Medical and sanitary report of the native army of Bengal for the year
Year: 1874
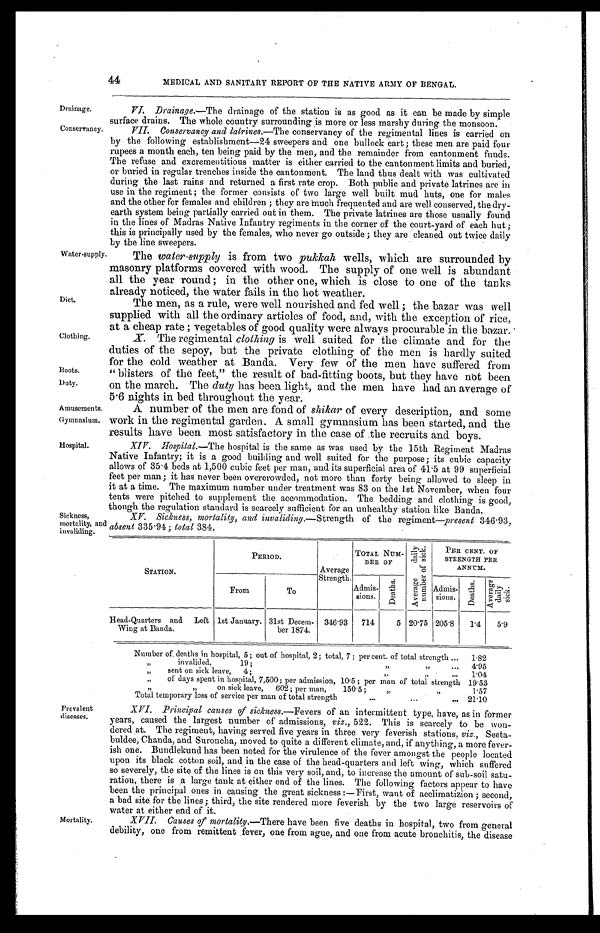
Drainage.
Conservancy.
Boots.
Duty.
Amusements.
Gymnasium.
44
MEDICAL AND SANITARY REPORT OF THE NATIVE ARMY OF BENGAL.
Drainage.— The drainage of the station is as good as it can be made by simple
surface drains. The whole country surrounding is more or less marshy during the monsoon.
VII. Conservancy and latrines.— The conservancy of the regimental lines is carried on
by the following establishment—24 sweepers and one bullock cart; these men are paid four
rupees a month each, ten being paid by the men, and the remainder from cantonment funds.
The refuse and excrementitious matter is either carried to the cantonment limits and buried,
or buried in regular trenches inside the cantonment. The land thus dealt with was cultivated
during the last rains and returned a first rate crop. Both public and private latrines are in
use in the regiment ; the former consists of two large well built mud huts, one for males
and the other for females and children ; they are lunch frequented and are well conserved, the dry
-earth system being partially carried out in them. The private latrines are those usually found
in the lines of Madras Native Infantry regiments in the corner of the court-yard of each hut;
this is principally used by the females, who never go outside ; they are cleaned out twice daily
by the line sweepers.
Water-supply
Diet.
Clothing.
The water-supply is from two pukkah wells, which are surrounded by
masonry platforms covered with wood. The supply of one well is abundant
all the year round ; in the other one, which is close to one of the tanks
already noticed, the water fails in the hot weather.
The men, as a rule, were well nourished and fed well ; the bazar was well
supplied with all the ordinary articles of food, and, with the exception of rice,
at a cheap rate ; vegetables of good quality were always procurable in the bazar.
X. The regimental clothing is well suited for the climate and for the
duties of the sepoy, but the private clothing of the men is hardly suited
for the cold weather at Banda. Very few of the men have suffered from
"blisters of the feet," the result of bad-fitting boots, but they have not been
on the march. The duty has been light, and the men have had an average of
5.6 nights in bed throughout the year.
A number of the men are fond of shikar of every description, and some
work in the regimental garden. A small gymnasium has been started, and the
results have been most satisfactory in the case of the recruits and boys.
Hospital.
Sickness,
mortality, and
invaliding.
XIV.
Hospital.— The hospital is the same as was used by the 15th Regiment Madras
Native Infantry; it is a good building and well suited for the purpose; its cubic capacity
allows of 35.4 beds at 1,500 cubic feet per man, and its superficial area of 41.5 at 99 superficial
feet per man; it has never been overcrowded, not more than forty being allowed to sleep in
it at a time. The maximum number under treatment was 83 on the 1st November, when four
tents were pitched to supplement the accommodation. The bedding and clothing is good,
though the regulation standard is scarcely sufficient for an unhealthy station like
B a n d a .
XV. Sickness, mortality, and invaliding.— Strength of the regiment—present 346.93,
absent 335.94; total 384.
STATION.
PERIOD.
Average
Strength.
TOTAL NUM-
BER OF
A v e r a g e d a i l y n u m b e r o f s i c k .
PER CENT. OF
STRENGTH PER
ANNUM.
From
To
Admis-
s i o n s .
D e a t h s .
D e a t h s .
Admis
-
sions.
D e a t h s .
A v e r a g e d a i l y s i c k .
Head-Quartersand Left
Wing at Banda.
1st January. 31st Decem-ber 1874. 346.93
714
5 20.75 205.8
1.4
5.9
Prevalent
diseases.
Mortality.
Number of. deaths in hospital, 5; out of hospital, 2 ; total, 7 ; per cent. of total strength . . .
1.82
" i n v a l i d e d 1 9 ; . . . 4.95
" s e n t o n s i c k l e a v e , 4 ; " " . . .
1.04
of days spent in hospital 7,500;per admission, 10.5 ; per man of total strength 19.53
on sick leave,
6 0 2 ; p e r m a n , 1 5 0 . 5 ; "
1.57
Total temporary loss of service per man of total strength . . . 21.10
XVI. Principal causes of sickness .—Fevers of an intermittent type, have, as in former
years, caused the largest number of admissions, viz., 522. This is scarcely to be won
-dered at. The regiment, having served five years in three very feverish stations, viz., Seeta-
-buldee,Chanda, and Suroncha, moved to quite a different climate, and, if anything, a more fever-
-ish one. Bundlekundhas been noted for the virulence of the fever amongst the people located
upon its black cotton soil, and in the case of the head-quarters and left wing, which suffered
so severely, the site of the lines is on this very soil, and, to increase the amount of sub-soil satu-
-ration,there is a large tank at either end of the lines. The following factors appear to have
been the principal ones in causing the great sickness :— First, want of acclimation; second,
a bad site for the lines; third, the site rendered more feverish by the two large reservoirs of
water at either end of it.
XVII Causes of mortality.—There have been five deaths in hospital, two from general
debility, one from remittent fever, one from ague, and one from acute bronchitis, the disease